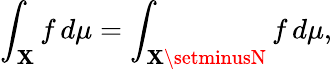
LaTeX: \int_{\mathbf{X}}f\, d\mu=\int_{\mathbf{X}\setminusN}f\, d\mu,